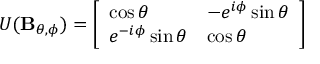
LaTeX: U ( \mathbf { B } _ { \theta , \phi } ) = { \left[ \begin{array} { l l } { \cos \theta } & { - e ^ { i \phi } \sin \theta } \\ { e ^ { - i \phi } \sin \theta } & { \cos \theta } \end{array} \right] }